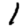
Digit: 1